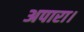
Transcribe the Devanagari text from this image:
अपारा।